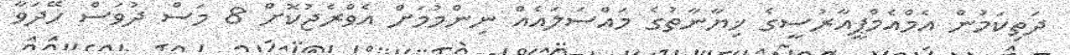
ދަތިކަމުން އެމްއެމްޕީއާރުސީގެ ޚިޔާނާތުގެ މައްސަލައެއް ނިންމުމަށް އެވްރެޖުކޮށް 8 މަސް ދުވަސް ހޭދަވާ